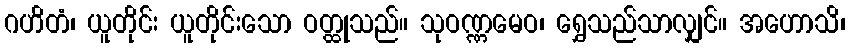
ဂဟိတံ၊ ယူတိုင်း ယူတိုင်းသော ဝတ္ထုသည်။ သုဝဏ္ဏမေဝ၊ ရွှေသည်သာလျှင်။ အဟောသိ၊